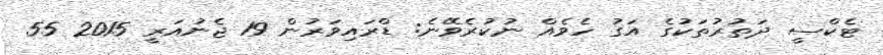
ޓެކްސީ ދަތުރުތަކުގެ އަގު ހެވެއް ނުކުރެވޭނެ: ޑްރައިވަރުން 19 ޖެނުއަރީ 2015 55